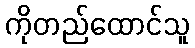
ကိုတည်ထောင်သူ